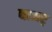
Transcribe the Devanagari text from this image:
बाजर्